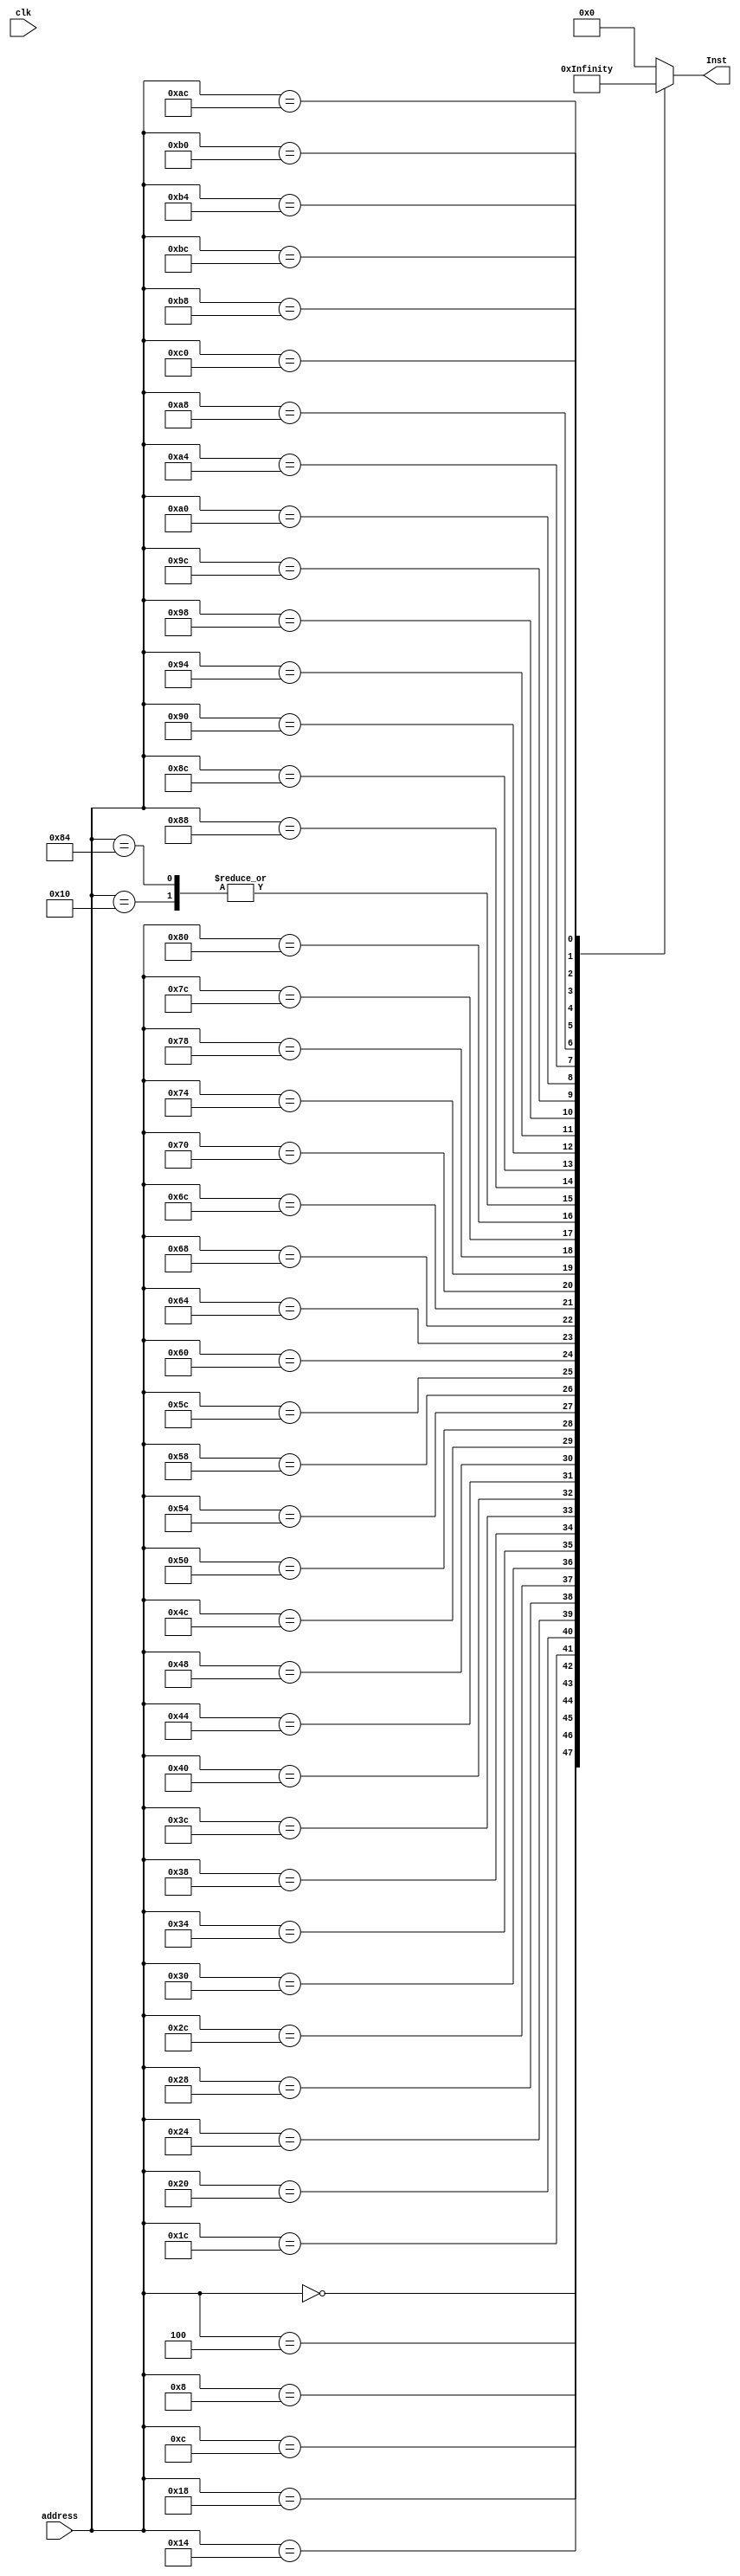
// module InstMem(input clk, input [31:0] address, output [31:0] Inst);
// reg[7:0] mem[0:65535];
// initial begin
// $readmemb("InstMem.mem",mem);    
// end
// assign Inst={mem[address],mem[address+1],mem[address+2],mem[address+3]};
// endmodule


module InstMem(input clk, input [31:0] address, output reg [31:0] Inst);
always @(address) begin
    case(address)
 32'd0:     Inst=32'b1110_00_1_1101_0_0000_0000_000000010100; //MOV		R0 ,#20 		//R0 = 20
 32'd4:     Inst=32'b1110_00_1_1101_0_0000_0001_101000000001; //MOV		R1 ,#4096		//R1 = 4096
 32'd8:     Inst=32'b1110_00_1_1101_0_0000_0010_000100000011; //MOV		R2 ,#0xC0000000	//R2 = -1073741824
 32'd12:    Inst=32'b1110_00_0_0100_1_0010_0011_000000000010; //ADDS		R3 ,R2,R2		//R3 = -2147483648 
 32'd16:    Inst=32'b1110_00_0_0000_0_0000_0000_000000000000; //ADDS		NOP
 32'd20:    Inst=32'b1110_00_0_0101_0_0000_0100_000000000000; //ADC		R4 ,R0,R0		//R4 = 41
 32'd24:    Inst=32'b1110_00_0_0010_0_0100_0101_000100000100; //SUB		R5 ,R4,R4,LSL #2	//R5 = -123
 32'd28:    Inst=32'b1110_00_0_0110_0_0000_0110_000010100000; //SBC		R6 ,R0,R0,LSR #1	//R6 = 10
 32'd32:    Inst=32'b1110_00_0_1100_0_0101_0111_000101000010; //ORR		R7 ,R5,R2,ASR #2	//R7 = -123
 32'd36:    Inst=32'b1110_00_0_0000_0_0111_1000_000000000011; //AND		R8 ,R7,R3		//R8 = -2147483648
 32'd40:    Inst=32'b1110_00_0_1111_0_0000_1001_000000000110; //MVN		R9 ,R6		//R9 = -11
 32'd44:    Inst=32'b1110_00_0_0001_0_0100_1010_000000000101; //EOR		R10,R4,R5	//R10 = -84
 32'd48:    Inst=32'b1110_00_0_1010_1_1000_0000_000000000110; //CMP		R8 ,R6		
 32'd52:    Inst=32'b0001_00_0_0100_0_0001_0001_000000000001; //ADDNE		R1 ,R1,R1		//R1 = 8192
 32'd56:    Inst=32'b1110_00_0_1000_1_1001_0000_000000001000; //TST		R9 ,R8		
 32'd60:    Inst=32'b0000_00_0_0100_0_0010_0010_000000000010; //ADDEQ		R2 ,R2,R2   	//R2 = -1073741824
 32'd64:    Inst=32'b1110_00_1_1101_0_0000_0000_101100000001; //MOV		R0 ,#1024		//R0 = 1024
 32'd68:    Inst=32'b1110_01_0_0100_0_0000_0001_000000000000; //STR		R1 ,[R0],#0	//MEM[1024] = 8192
 32'd72:    Inst=32'b1110_01_0_0100_1_0000_1011_000000000000; //LDR		R11,[R0],#0	//R11 = 8192
 32'd76:    Inst=32'b1110_01_0_0100_0_0000_0010_000000000100; //STR		R2 ,[R0],#4	//MEM[1028] = -1073741824
 32'd80:    Inst=32'b1110_01_0_0100_0_0000_0011_000000001000; //STR		R3 ,[R0],#8	//MEM[1032] = -2147483648
 32'd84:    Inst=32'b1110_01_0_0100_0_0000_0100_000000001100; //STR		R4 ,[R0],#12	//MEM[1036] = 41
 32'd88:    Inst=32'b1110_01_0_0100_0_0000_0101_000000010000; //STR		R5 ,[R0],#16	//MEM[1040] = -123
 32'd92:    Inst=32'b1110_01_0_0100_0_0000_0110_000000010100; //STR		R6 ,[R0],#20	//MEM[1044] = 10
 32'd96:    Inst=32'b1110_01_0_0100_1_0000_1010_000000000100; //LDR		R10,[R0],#4	//R10 = -1073741824
 32'd100:   Inst=32'b1110_01_0_0100_0_0000_0111_000000011000; //STR		R7 ,[R0],#24	//MEM[1048] = -123
 32'd104:   Inst=32'b1110_00_1_1101_0_0000_0001_000000000100; //MOV		R1 ,#4		//R1 = 4
 32'd108:   Inst=32'b1110_00_1_1101_0_0000_0010_000000000000; //MOV		R2 ,#0		//R2 = 0
 32'd112:   Inst=32'b1110_00_1_1101_0_0000_0011_000000000000; //MOV		R3 ,#0		//R3 = 0
 32'd116:   Inst=32'b1110_00_0_0100_0_0000_0100_000100000011; //ADD		R4 ,R0,R3,LSL #2	
 32'd120:   Inst=32'b1110_01_0_0100_1_0100_0101_000000000000; //LDR		R5 ,[R4],#0
 32'd124:   Inst=32'b1110_01_0_0100_1_0100_0110_000000000100; //LDR		R6 ,[R4],#4
 32'd128:   Inst=32'b1110_00_0_1010_1_0101_0000_000000000110; //CMP		R5 ,R6
 32'd132:    Inst=32'b1110_00_0_0000_0_0000_0000_000000000000; //		NOP
 32'd136:   Inst=32'b1100_01_0_0100_0_0100_0110_000000000000; //STRGT		R6 ,[R4],#0
 32'd140:   Inst=32'b1100_01_0_0100_0_0100_0101_000000000100; //STRGT		R5 ,[R4],#4
 32'd144:   Inst=32'b1110_00_1_0100_0_0011_0011_000000000001; //ADD		R3 ,R3,#1
 32'd148:   Inst=32'b1110_00_1_1010_1_0011_0000_000000000011; //CMP		R3 ,#3
 32'd152:   Inst=32'b1011_10_1_0_111111111111111111110111      ; //BLT		#-9
 32'd156:   Inst=32'b1110_00_1_0100_0_0010_0010_000000000001; //ADD		R2 ,R2,#1
 32'd160:   Inst=32'b1110_00_0_1010_1_0010_0000_000000000001; //CMP		R2 ,R1
 32'd164:   Inst=32'b1011_10_1_0_111111111111111111110011      ; //BLT		#-13
 32'd168:   Inst=32'b1110_01_0_0100_1_0000_0001_000000000000; //LDR		R1 ,[R0],#0	//R1 = -2147483648
 32'd172:   Inst=32'b1110_01_0_0100_1_0000_0010_000000000100; //LDR		R2 ,[R0],#4	//R2 = -1073741824
 32'd176:   Inst=32'b1110_01_0_0100_1_0000_0011_000000001000; //LDR		R3 ,[R0],#8	//R3 = 41
 32'd180:   Inst=32'b1110_01_0_0100_1_0000_0100_000000001100; //LDR		R4 ,[R0],#12	//R4 = 8192
 32'd184:   Inst=32'b1110_01_0_0100_1_0000_0101_000000010000; //LDR		R5 ,[R0],#16	//R5 = -123
 32'd188:   Inst=32'b1110_01_0_0100_1_0000_0110_000000010100; //LDR		R6 ,[R0],#20	//R4 = 10
 32'd192:   Inst=32'b1110_10_1_0_111111111111111111111111      ; //B		#-1


        default Inst = 32'b0;
    endcase
end
endmodule

// 32'b1110_00_1_1101_0_0000_0010_000100000011; //MOV		R2 ,#0xC0000000	//R2 = -1073741824
// 32'b1110_00_0_0100_1_0010_0011_000000000010;